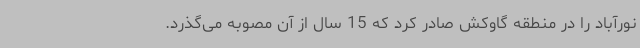
نورآباد را در منطقه گاوکش صادر کرد که 15 سال از آن مصوبه می‌گذرد.